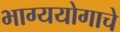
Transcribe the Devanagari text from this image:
भाग्ययोगाचे